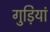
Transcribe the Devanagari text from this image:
गुड़ियां